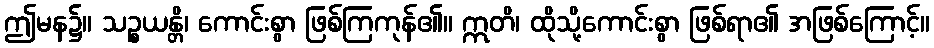
ဤမန၌။ သဉ္စယန္တိ၊ ကောင်းစွာ ဖြစ်ကြကုန်၏။ ဣတိ၊ ထိုသို့ကောင်းစွာ ဖြစ်ရာ၏ အဖြစ်ကြောင့်။